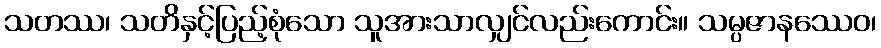
သတဿ၊ သတိနှင့်ပြည့်စုံသော သူအားသာလျှင်လည်းကောင်း။ သမ္ပဇာနဿေဝ၊